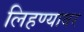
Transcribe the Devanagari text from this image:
लिहण्यावर